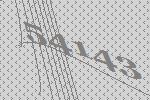
54143